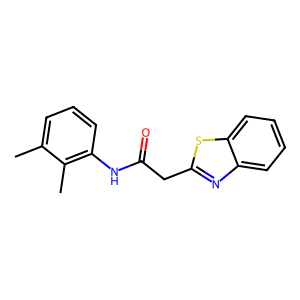
SMILES: Cc1cccc(NC(=O)Cc2nc3ccccc3s2)c1C
Inhibits HIV replication: No